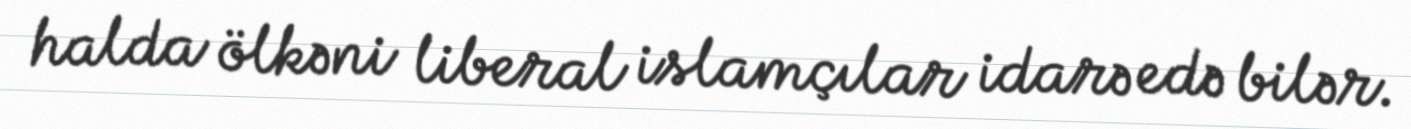
halda ölkəni liberal islamçılar idarə edə bilər.